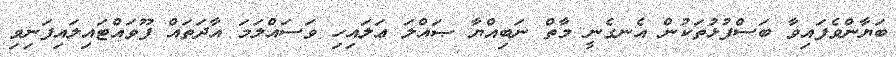
ބަޔާންވެފައިވާ ބަސްފުޅުތަކުން އެނގެނީ މާތް ނަބިއްޔާ ޞައްލަ ޢަލައިހި ވަސައްލަމަ އާދަތައް ފޫވައްޓައިލައިފަނިވި